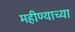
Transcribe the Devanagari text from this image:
महीण्याच्या